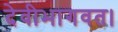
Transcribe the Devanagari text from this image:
देवीभागवत।